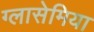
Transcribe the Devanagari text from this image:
ग्लासेमिया